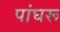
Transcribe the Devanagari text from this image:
पांघरू